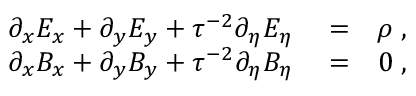
\begin{array} { r l r } { \partial _ { x } { E _ { x } } + \partial _ { y } { E _ { y } } + \tau ^ { - 2 } \partial _ { \eta } { E _ { \eta } } } & { { } = } & { \rho \; , } \\ { \partial _ { x } { B _ { x } } + \partial _ { y } { B _ { y } } + \tau ^ { - 2 } \partial _ { \eta } { B _ { \eta } } } & { { } = } & { 0 \; , } \end{array}